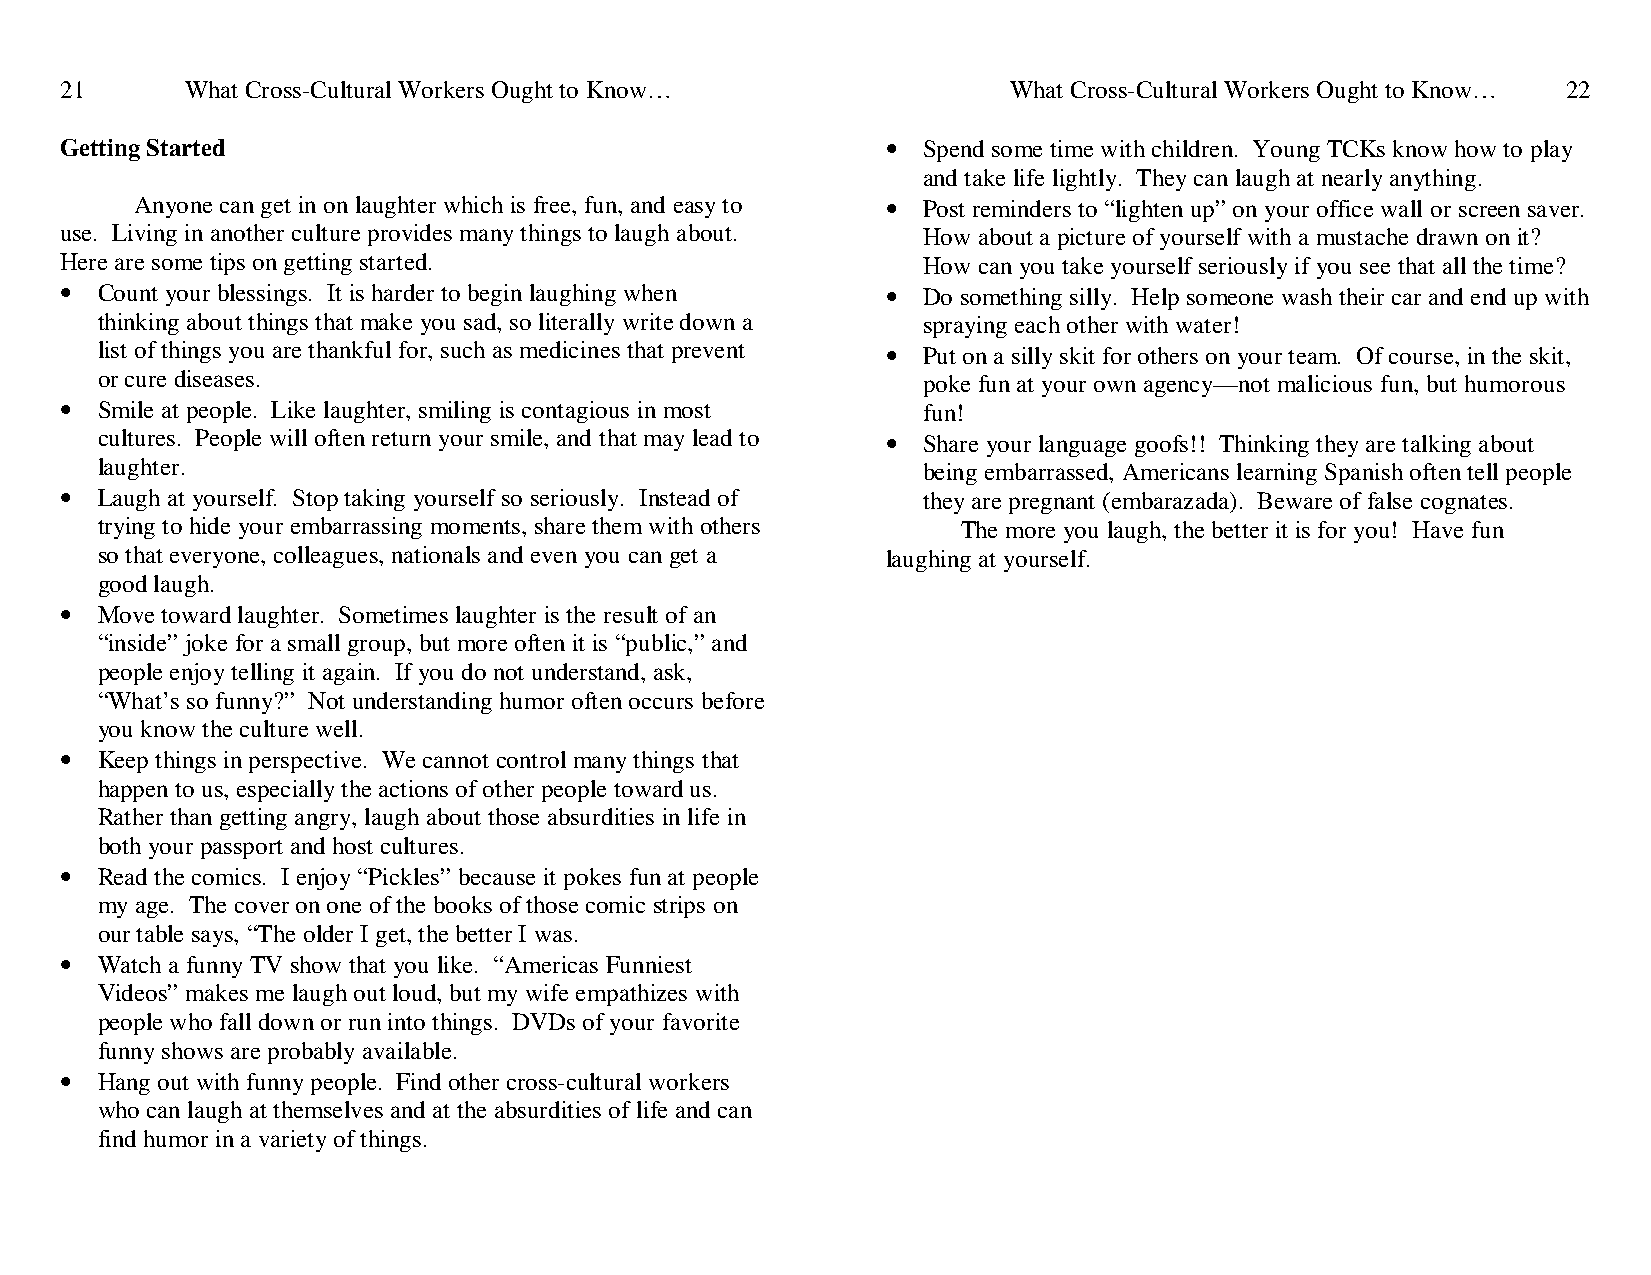
21      What Cross-Cultural Workers Ought to Know…             What Cross-Cultural Workers Ought to Know… 22
 Getting Started                                        • Spend some time with children. Young TCKs know how to play
 and take life lightly. They can laugh at nearly anything.
 Anyone can get in on laughter which is free, fun, and easy to • Post reminders to “lighten up” on your office wall or screen saver.
 use. Living in another culture provides many things to laugh about. How about a picture of yourself with a mustache drawn on it?
 Here are some tips on getting started.                   How can you take yourself seriously if you see that all the time?
 • Count your blessings. It is harder to begin laughing when • Do something silly. Help someone wash their car and end up with
 thinking about things that make you sad, so literally write down a spraying each other with water!
 list of things you are thankful for, such as medicines that prevent • Put on a silly skit for others on your team. Of course, in the skit,
 or cure diseases.                                      poke fun at your own agency—not malicious fun, but humorous
 • Smile at people. Like laughter, smiling is contagious in most fun!
 cultures. People will often return your smile, and that may lead to • Share your language goofs!! Thinking they are talking about
 laughter.                                              being embarrassed, Americans learning Spanish often tell people
 • Laugh at yourself. Stop taking yourself so seriously. Instead of they are pregnant (embarazada). Beware of false cognates.
 trying to hide your embarrassing moments, share them with others The more you laugh, the better it is for you! Have fun
 so that everyone, colleagues, nationals and even you can get a laughing at yourself.
 good laugh.
 • Move toward laughter. Sometimes laughter is the result of an
 “inside” joke for a small group, but more often it is “public,” and
 people enjoy telling it again. If you do not understand, ask,
 “What’s so funny?” Not understanding humor often occurs before
 you know the culture well.
 • Keep things in perspective. We cannot control many things that
 happen to us, especially the actions of other people toward us.
 Rather than getting angry, laugh about those absurdities in life in
 both your passport and host cultures.
 • Read the comics. I enjoy “Pickles” because it pokes fun at people
 my age. The cover on one of the books of those comic strips on
 our table says, “The older I get, the better I was.
 • Watch a funny TV show that you like. “Americas Funniest
 Videos” makes me laugh out loud, but my wife empathizes with
 people who fall down or run into things. DVDs of your favorite
 funny shows are probably available.
 • Hang out with funny people. Find other cross-cultural workers
 who can laugh at themselves and at the absurdities of life and can
 find humor in a variety of things.